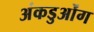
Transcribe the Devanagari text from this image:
अंकडुओंग